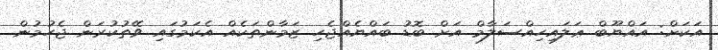
އަކަށް: އައްޔޫބް ޢަލައިހިއްސަލާމް އަށް ބޮޑު ބައްޔެއްޖެހި ޒަމާންތަކެއް އެކަމުގައި ވޭތުކުރަން ޖެހުމުން